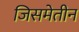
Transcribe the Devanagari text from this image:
जिसमेतीन